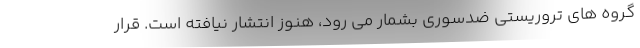
گروه های تروریستی ضدسوری بشمار می رود، هنوز انتشار نیافته است. قرار